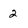
Character: 2